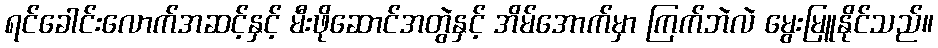
ရင်ခေါင်းလောက်အဆင့်နှင့် မီးဖိုဆောင်အတွဲနှင့် အိမ်အောက်မှာ ကြက်ဘဲလဲ မွေးမြူနိုင်သည်။